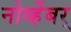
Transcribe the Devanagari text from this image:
नोव्हेंबर्